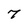
Character: 7